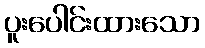
ပူးပေါင်းထားသော